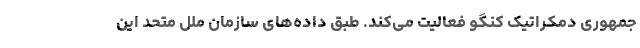
جمهوری دمکراتیک کنگو فعالیت می‌کند. طبق داده‌های سازمان ملل متحد این